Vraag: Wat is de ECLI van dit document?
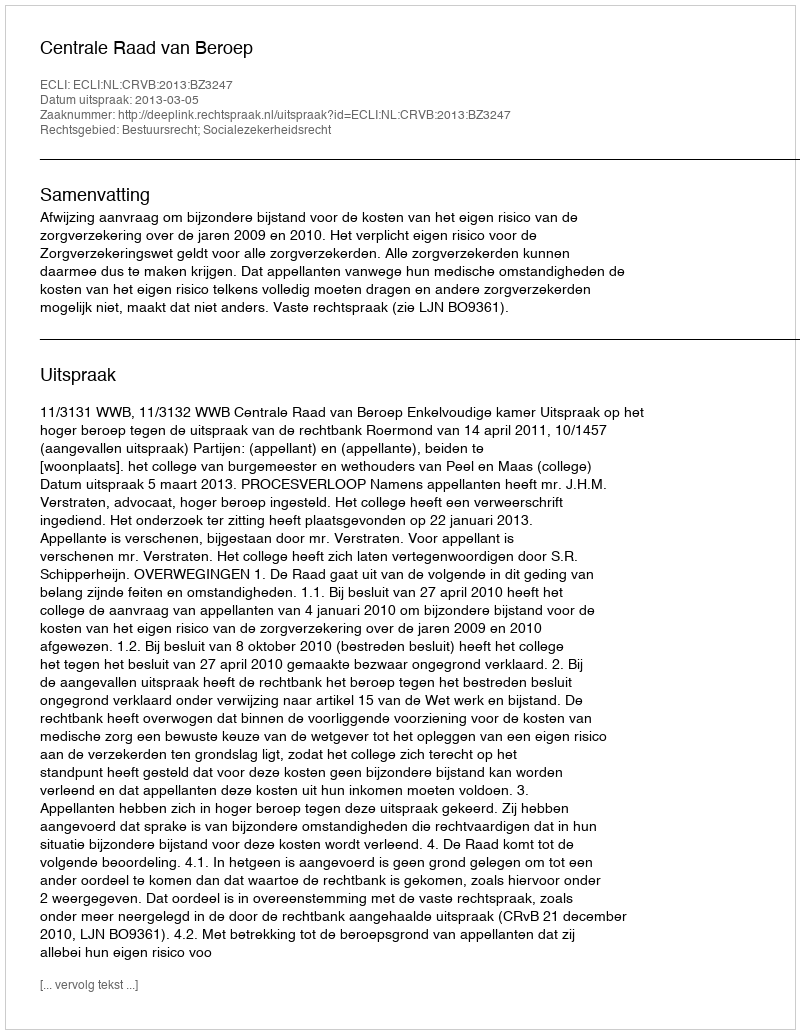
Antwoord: ECLI:NL:CRVB:2013:BZ3247